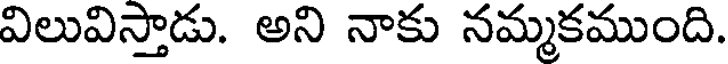
విలువిస్తాడు. అని నాకు నమ్మకముంది.